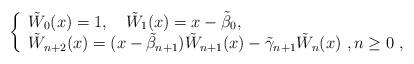
LaTeX: \begin{align*}\left\{\begin{array}{l}\tilde{W}_{0}(x)=1,\quad\tilde{W}_{1}(x)=x-\tilde{\beta}_{0}, \\\tilde{W}_{n+2}(x)=(x-\tilde{\beta}_{n+1})\tilde{W}_{n+1}(x)-\tilde{\gamma}_{n+1}\tilde{W}_{n}(x)\ ,n \geq 0\ ,\end{array}\right.\end{align*}